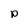
Character: p